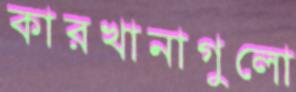
কারখানাগুলো